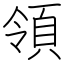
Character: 領